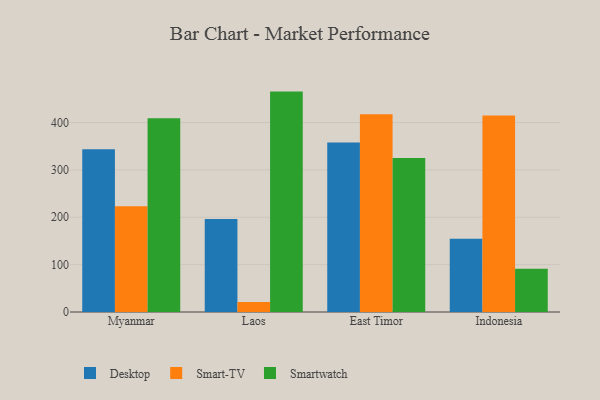
{"axis": {"x": "Country", "y": "Bounce Rate (%)"}, "legend": ["Desktop", "Smart-TV", "Smartwatch"], "data": [{"x": "Myanmar", "y": 343.5, "type": "Desktop"}, {"x": "Myanmar", "y": 223.4, "type": "Smart-TV"}, {"x": "Myanmar", "y": 409.1, "type": "Smartwatch"}, {"x": "Laos", "y": 196.3, "type": "Desktop"}, {"x": "Laos", "y": 21.1, "type": "Smart-TV"}, {"x": "Laos", "y": 465.3, "type": "Smartwatch"}, {"x": "East Timor", "y": 358.0, "type": "Desktop"}, {"x": "East Timor", "y": 417.7, "type": "Smart-TV"}, {"x": "East Timor", "y": 325.1, "type": "Smartwatch"}, {"x": "Indonesia", "y": 154.9, "type": "Desktop"}, {"x": "Indonesia", "y": 415.0, "type": "Smart-TV"}, {"x": "Indonesia", "y": 91.5, "type": "Smartwatch"}]}